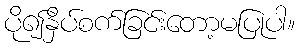
ပို၍နှိပ်စက်ခြင်းတော့မပြုပါ။